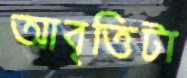
আবৃত্তিটা